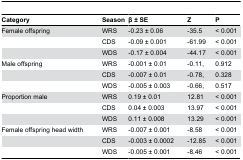
<table><thead><tr><td><b>Category</b></td><td><b>Season</b></td><td><b>β ± SE</b></td><td><b>Z</b></td><td><b>P</b></td></tr></thead><tbody><tr><td>Female offspring</td><td>WRS</td><td>-0.23 ± 0.06</td><td>-35.5</td><td>&lt; 0.001</td></tr><tr><td></td><td>CDS</td><td>-0.09 ± 0.001</td><td>-61.99</td><td>&lt; 0.001</td></tr><tr><td></td><td>WDS</td><td>-0.17 ± 0.004</td><td>-44.17</td><td>&lt; 0.001</td></tr><tr><td>Male offspring</td><td>WRS</td><td>-0.001 ± 0.01</td><td>-0.11,</td><td>0.912</td></tr><tr><td></td><td>CDS</td><td>-0.007 ± 0.01</td><td>-0.78,</td><td>0.328</td></tr><tr><td></td><td>WDS</td><td>-0.005 ± 0.003</td><td>-0.66,</td><td>0.517</td></tr><tr><td>Proportion male</td><td>WRS</td><td>0.19 ± 0.01</td><td>12.81</td><td>&lt; 0.001</td></tr><tr><td></td><td>CDS</td><td>0.04 ± 0.003</td><td>13.97</td><td>&lt; 0.001</td></tr><tr><td></td><td>WDS</td><td>0.11 ± 0.008</td><td>13.29</td><td>&lt; 0.001</td></tr><tr><td>Female offspring head width</td><td>WRS</td><td>-0.007 ± 0.001</td><td>-8.58</td><td>&lt; 0.001</td></tr><tr><td></td><td>CDS</td><td>-0.003 ± 0.0002</td><td>-12.85</td><td>&lt; 0.001</td></tr><tr><td></td><td>WDS</td><td>-0.005 ± 0.001</td><td>-8.46</td><td>&lt; 0.001</td></tr></tbody></table>